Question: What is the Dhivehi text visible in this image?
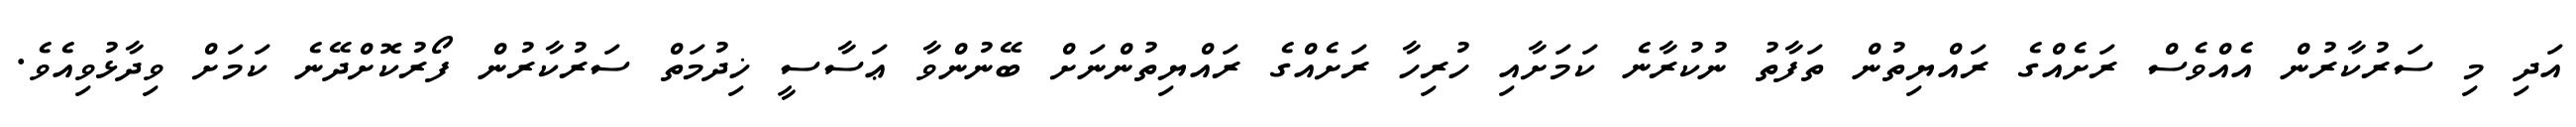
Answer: އަދި މި ސަރުކާރުން އެއްވެސް ރަށެއްގެ ރައްޔިތުން ތަފާތު ނުކުރާނެ ކަމަށާއި ހުރިހާ ރަށެއްގެ ރައްޔިތުންނަށް ބޭނުންވާ ޢަސާސީ ޚިދުމަތް ސަރުކާރުން ފޯރުކޮށްދޭނެ ކަމަށް ވިދާޅުވިއެވެ.